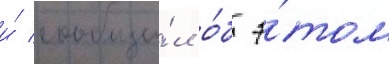
и́ сообщи́л о́б э́том